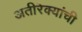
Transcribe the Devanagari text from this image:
अतीरेक्यांची